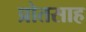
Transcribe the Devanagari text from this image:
प्रोतसाह